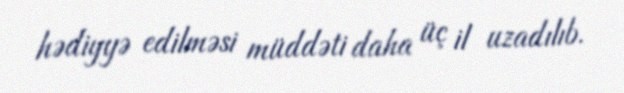
hədiyyə edilməsi müddəti daha üç il uzadılıb.